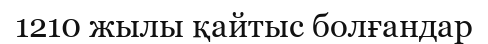
1210 жылы қайтыс болғандар